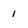
Character: 1